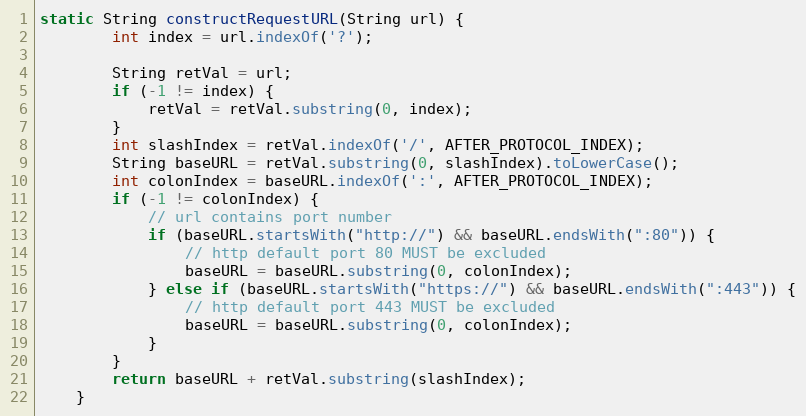
Language: Java
static String constructRequestURL(String url) {
        int index = url.indexOf('?');

        String retVal = url;
        if (-1 != index) {
            retVal = retVal.substring(0, index);
        }
        int slashIndex = retVal.indexOf('/', AFTER_PROTOCOL_INDEX);
        String baseURL = retVal.substring(0, slashIndex).toLowerCase();
        int colonIndex = baseURL.indexOf(':', AFTER_PROTOCOL_INDEX);
        if (-1 != colonIndex) {
            // url contains port number
            if (baseURL.startsWith("http://") && baseURL.endsWith(":80")) {
                // http default port 80 MUST be excluded
                baseURL = baseURL.substring(0, colonIndex);
            } else if (baseURL.startsWith("https://") && baseURL.endsWith(":443")) {
                // http default port 443 MUST be excluded
                baseURL = baseURL.substring(0, colonIndex);
            }
        }
        return baseURL + retVal.substring(slashIndex);
    }